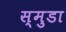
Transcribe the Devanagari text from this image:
स्मुडा